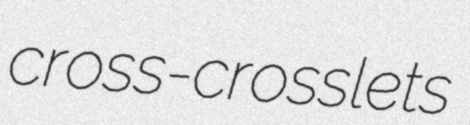
cross-crosslets